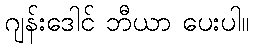
ဂျန်းဒေါင် ဘီယာ ပေးပါ။